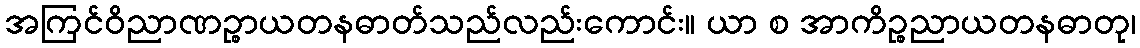
အကြင်ဝိညာဏဉ္စာယတနဓာတ်သည်လည်းကောင်း။ ယာ စ အာကိဉ္စညာယတနဓာတု၊